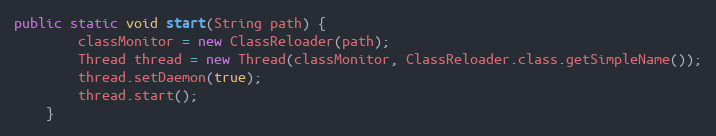
Language: Java
public static void start(String path) {
        classMonitor = new ClassReloader(path);
        Thread thread = new Thread(classMonitor, ClassReloader.class.getSimpleName());
        thread.setDaemon(true);
        thread.start();
    }